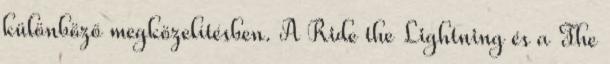
különböző megközelítésben. A Ride the Lightning és a The